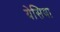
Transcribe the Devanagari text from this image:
येसिया